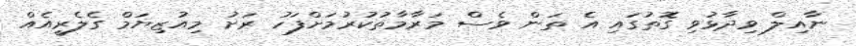
ނާއިލް ވިދާޅުވި ގޮތުގައި އެ ތަން ވެސް މަރާމާތުކުރުމަށްފަހު ރަށު މިއުޒިޔަމް ގެލެެރީއެއް